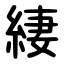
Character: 緀